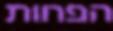
הפחות